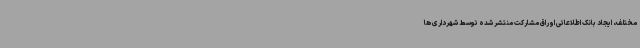
مختلف، ایجاد بانک اطلاعاتی اوراق مشارکت منتشر شده توسط شهرداری ها